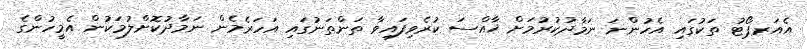
އެއަރޕޯޓު ތަކުގައި އެހުންނަ ނަމާދުކުރުމަށް ޚާއްސަ ކުރެވިފައިވާ ތަންތަނުގައި އަހަރެމެން ނަމާދުކޮށްލުމަކުން އެމީހުންގެ